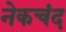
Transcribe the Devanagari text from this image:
नेकचंद